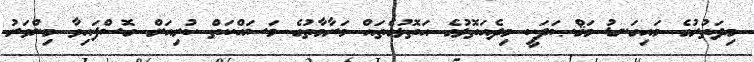
މިދަތުރުގެ މައިގަނޑު މަޤްޞަދަކީ މިދެއަތޮޅުގެ އަތޮޅުގެތައް މަރާމާތުގެ މަސައްކަތް ކުރިއަށް ގޮސްފައިވާ މިންވަރު